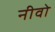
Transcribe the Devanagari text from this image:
नीवो